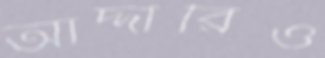
আদ্দারিও